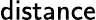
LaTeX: \mathsf{distance}